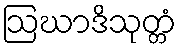
ဩဃာဒိသုတ္တံ